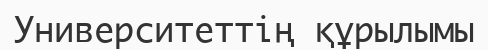
Университеттің құрылымы